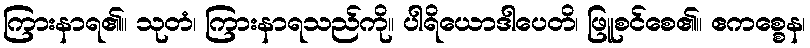
ကြားနာရ၏။ သုတံ၊ ကြားနာရသည်ကို။ ပါရိယောဒါပေတိ၊ ဖြူစင်စေ၏။ ဧကစ္စေန၊